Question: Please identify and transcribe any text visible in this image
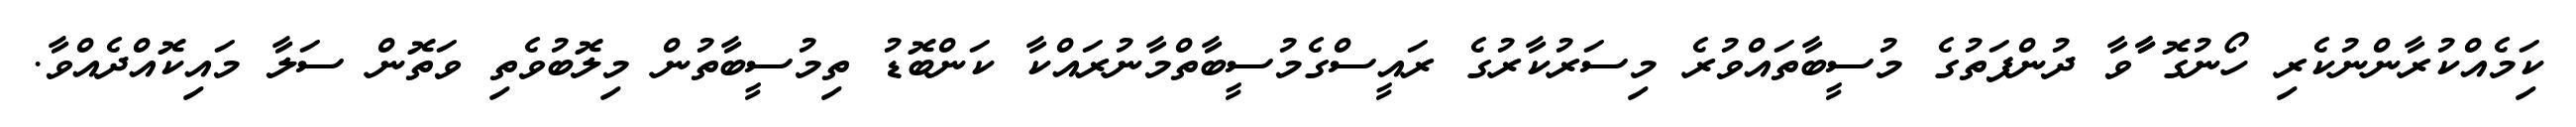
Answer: ކިަމެއްކުރާންނުކެރި ހޯނުގޮ ާާވާ ދުންފަތުގެ މުސީބާތައްވުރެ މިސަރުކާރުގެ ރައީސްގެމުސީބާތްމާނުރައްކާ ކަންބޮޑު ތިމުސީބާތުން މިލޮބުވެތި ވަތޮން ސަލާ މައިކޮއްދެއްވާ.